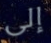
إلى